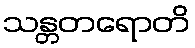
သန္တတရောတိ